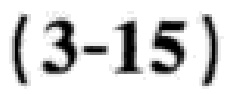
\((3 - 15)\)